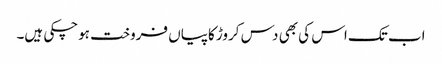
اب تک اس کی بھی دس کروڑ کاپیاں فروخت ہوچکی ہیں۔